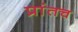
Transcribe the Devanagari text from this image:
प्रांतच